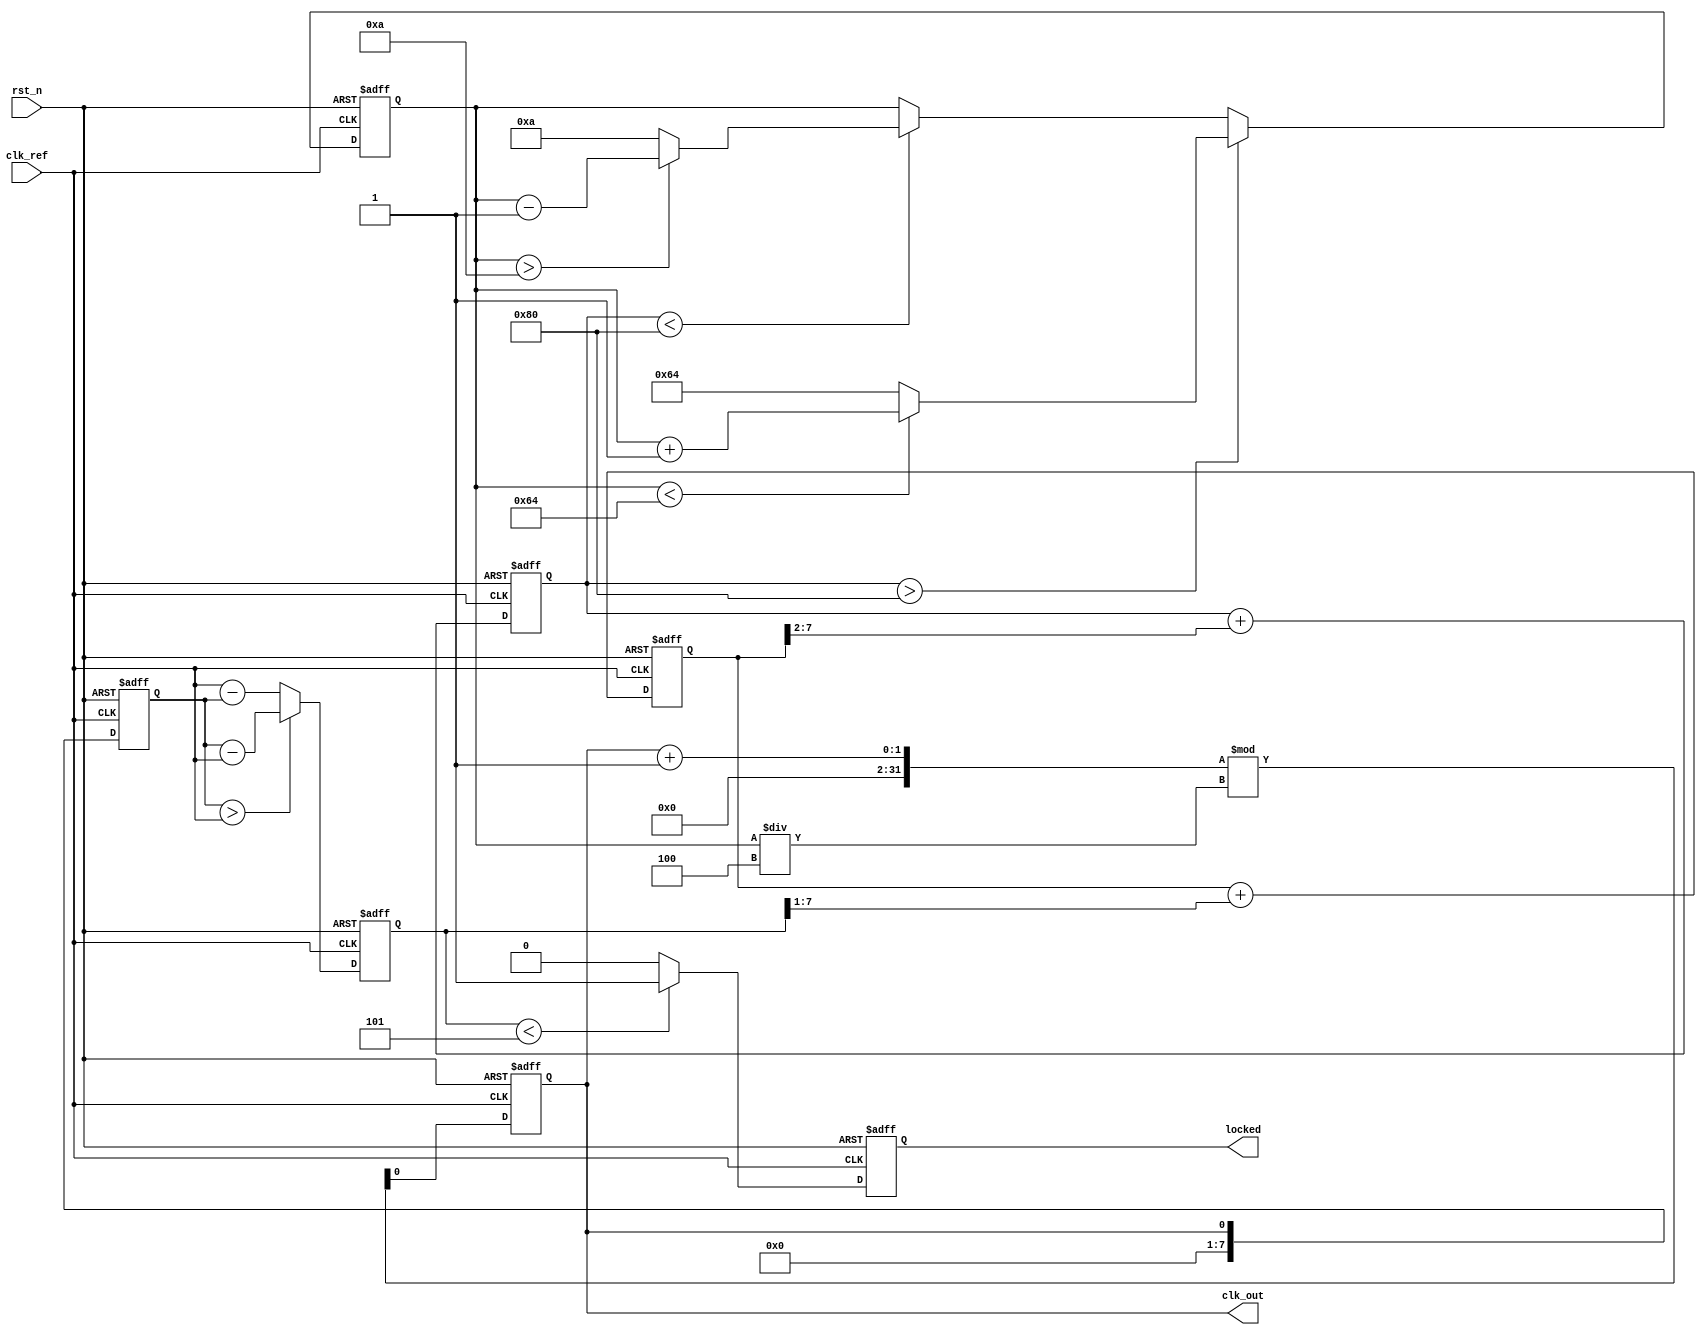
module dual_loop_pll (
    input wire clk_ref,           // Reference clock input
    input wire rst_n,            // Active low reset
    output reg clk_out,          // Output clock
    output reg locked            // Lock status output
);

    // Parameters
    parameter DIV_RATIO = 4;     // Feedback divider ratio
    parameter VCO_MAX_FREQ = 100; // Maximum VCO frequency (arbitrary units)
    parameter VCO_MIN_FREQ = 10;  // Minimum VCO frequency (arbitrary units)
    
    // Internal signals
    reg [7:0] phase_error;        // Phase error signal from PD
    reg [7:0] control_voltage_inner; // Control voltage for inner loop
    reg [7:0] control_voltage_outer; // Control voltage for outer loop
    reg [7:0] vco_freq;           // VCO frequency
    reg [7:0] vco_output;         // VCO output signal
    reg [7:0] feedback;           // Feedback signal from VCO

    // Phase Detector (PD)
    always @(posedge clk_ref or negedge rst_n) begin
        if (!rst_n) begin
            phase_error <= 0;
        end else begin
            // Simple phase detector logic (for demonstration)
            // Assume feedback is sampled at clk_ref
            if (feedback > clk_ref) begin
                phase_error <= feedback - clk_ref; // VCO is leading
            end else begin
                phase_error <= clk_ref - feedback; // VCO is lagging
            end
        end
    end

    // Inner Loop Filter (LF)
    always @(posedge clk_ref or negedge rst_n) begin
        if (!rst_n) begin
            control_voltage_inner <= 0;
        end else begin
            // Simple first-order filter (for demonstration)
            control_voltage_inner <= control_voltage_inner + (phase_error >> 1); // Low-pass filter
        end
    end

    // Outer Loop Filter (LF)
    always @(posedge clk_ref or negedge rst_n) begin
        if (!rst_n) begin
            control_voltage_outer <= 0;
        end else begin
            // Simple first-order filter (for demonstration)
            control_voltage_outer <= control_voltage_outer + (control_voltage_inner >> 2); // Smoother filter
        end
    end

    // Voltage-Controlled Oscillator (VCO)
    always @(posedge clk_ref or negedge rst_n) begin
        if (!rst_n) begin
            vco_freq <= VCO_MIN_FREQ;
            clk_out <= 0;
            locked <= 0;
        end else begin
            // Adjust VCO frequency based on control voltage
            if (control_voltage_outer > 128) begin
                vco_freq <= (vco_freq < VCO_MAX_FREQ) ? vco_freq + 1 : VCO_MAX_FREQ;
            end else if (control_voltage_outer < 128) begin
                vco_freq <= (vco_freq > VCO_MIN_FREQ) ? vco_freq - 1 : VCO_MIN_FREQ;
            end
            
            // Generate output clock based on VCO frequency
            clk_out <= (clk_out + 1) % (vco_freq / DIV_RATIO); // Simple clock divider
            
            // Check lock status (for demonstration)
            if (phase_error < 5) begin // Arbitrary threshold for lock detection
                locked <= 1;
            end else begin
                locked <= 0;
            end
        end
    end

    // Feedback Divider
    always @(posedge clk_ref or negedge rst_n) begin
        if (!rst_n) begin
            feedback <= 0;
        end else begin
            feedback <= clk_out; // Feedback from the output clock
        end
    end

endmodule